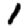
Digit: 1